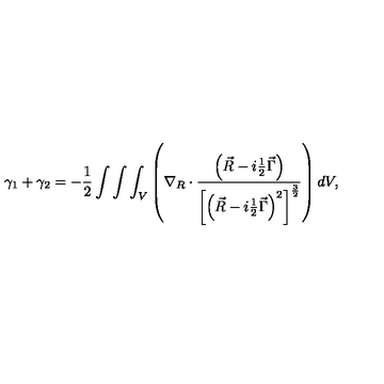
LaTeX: \gamma _ { 1 } + \gamma _ { 2 } = - \frac 1 2 \int \int \int _ { V } \left( \nabla _ { R } \cdot \frac { \left( \vec { R } - i \frac 1 2 \vec { \Gamma } \right) } { \left[ \left( \vec { R } - i \frac 1 2 \vec { \Gamma } \right) ^ { 2 } \right] ^ { \frac 3 2 } } \right) d V ,